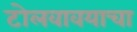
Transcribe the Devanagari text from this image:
टोलवावयाचा